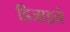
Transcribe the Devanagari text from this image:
डिजाइने